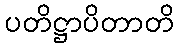
ပတိဋ္ဌာပိတာတိ